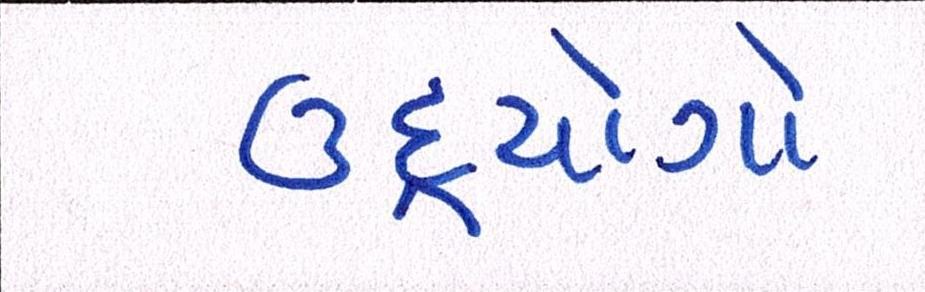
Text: ઉદ્યોગો